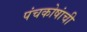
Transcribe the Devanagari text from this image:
पंचकोषांची